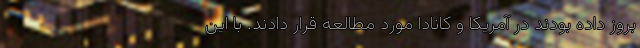
بروز داده بودند در آمریکا و کانادا مورد مطالعه قرار دادند. با این